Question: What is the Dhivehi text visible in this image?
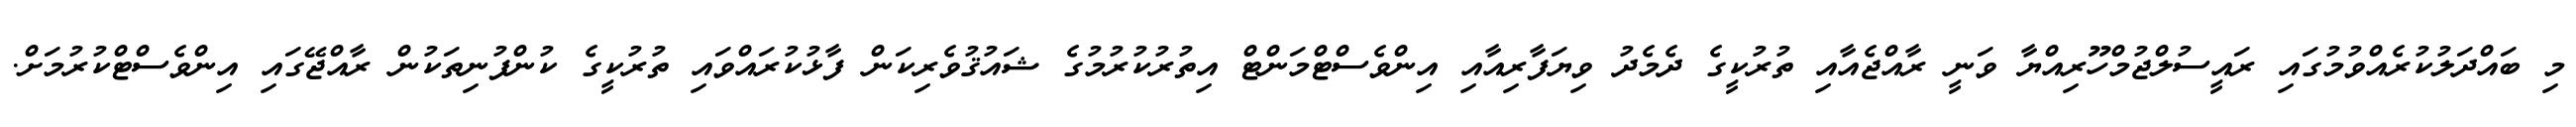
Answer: މި ބައްދަލުކުރެއްވުމުގައި ރައީސުލްޖުމްހޫރިއްޔާ ވަނީ ރާއްޖެއާއި ތުރުކީގެ ދެމެދު ވިޔަފާރިއާއި އިންވެސްޓްމަންޓް އިތުރުކުރުމުގެ ޝައުޤުވެރިކަން ފާޅުކުރައްވައި ތުރުކީގެ ކުންފުނިތަކުން ރާއްޖޭގައި އިންވެސްޓްކުރުމަށް.